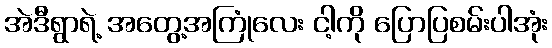
အဲဒီရွာရဲ့ အတွေ့အကြုံလေး ငါ့ကို ပြောပြစမ်းပါအုံး